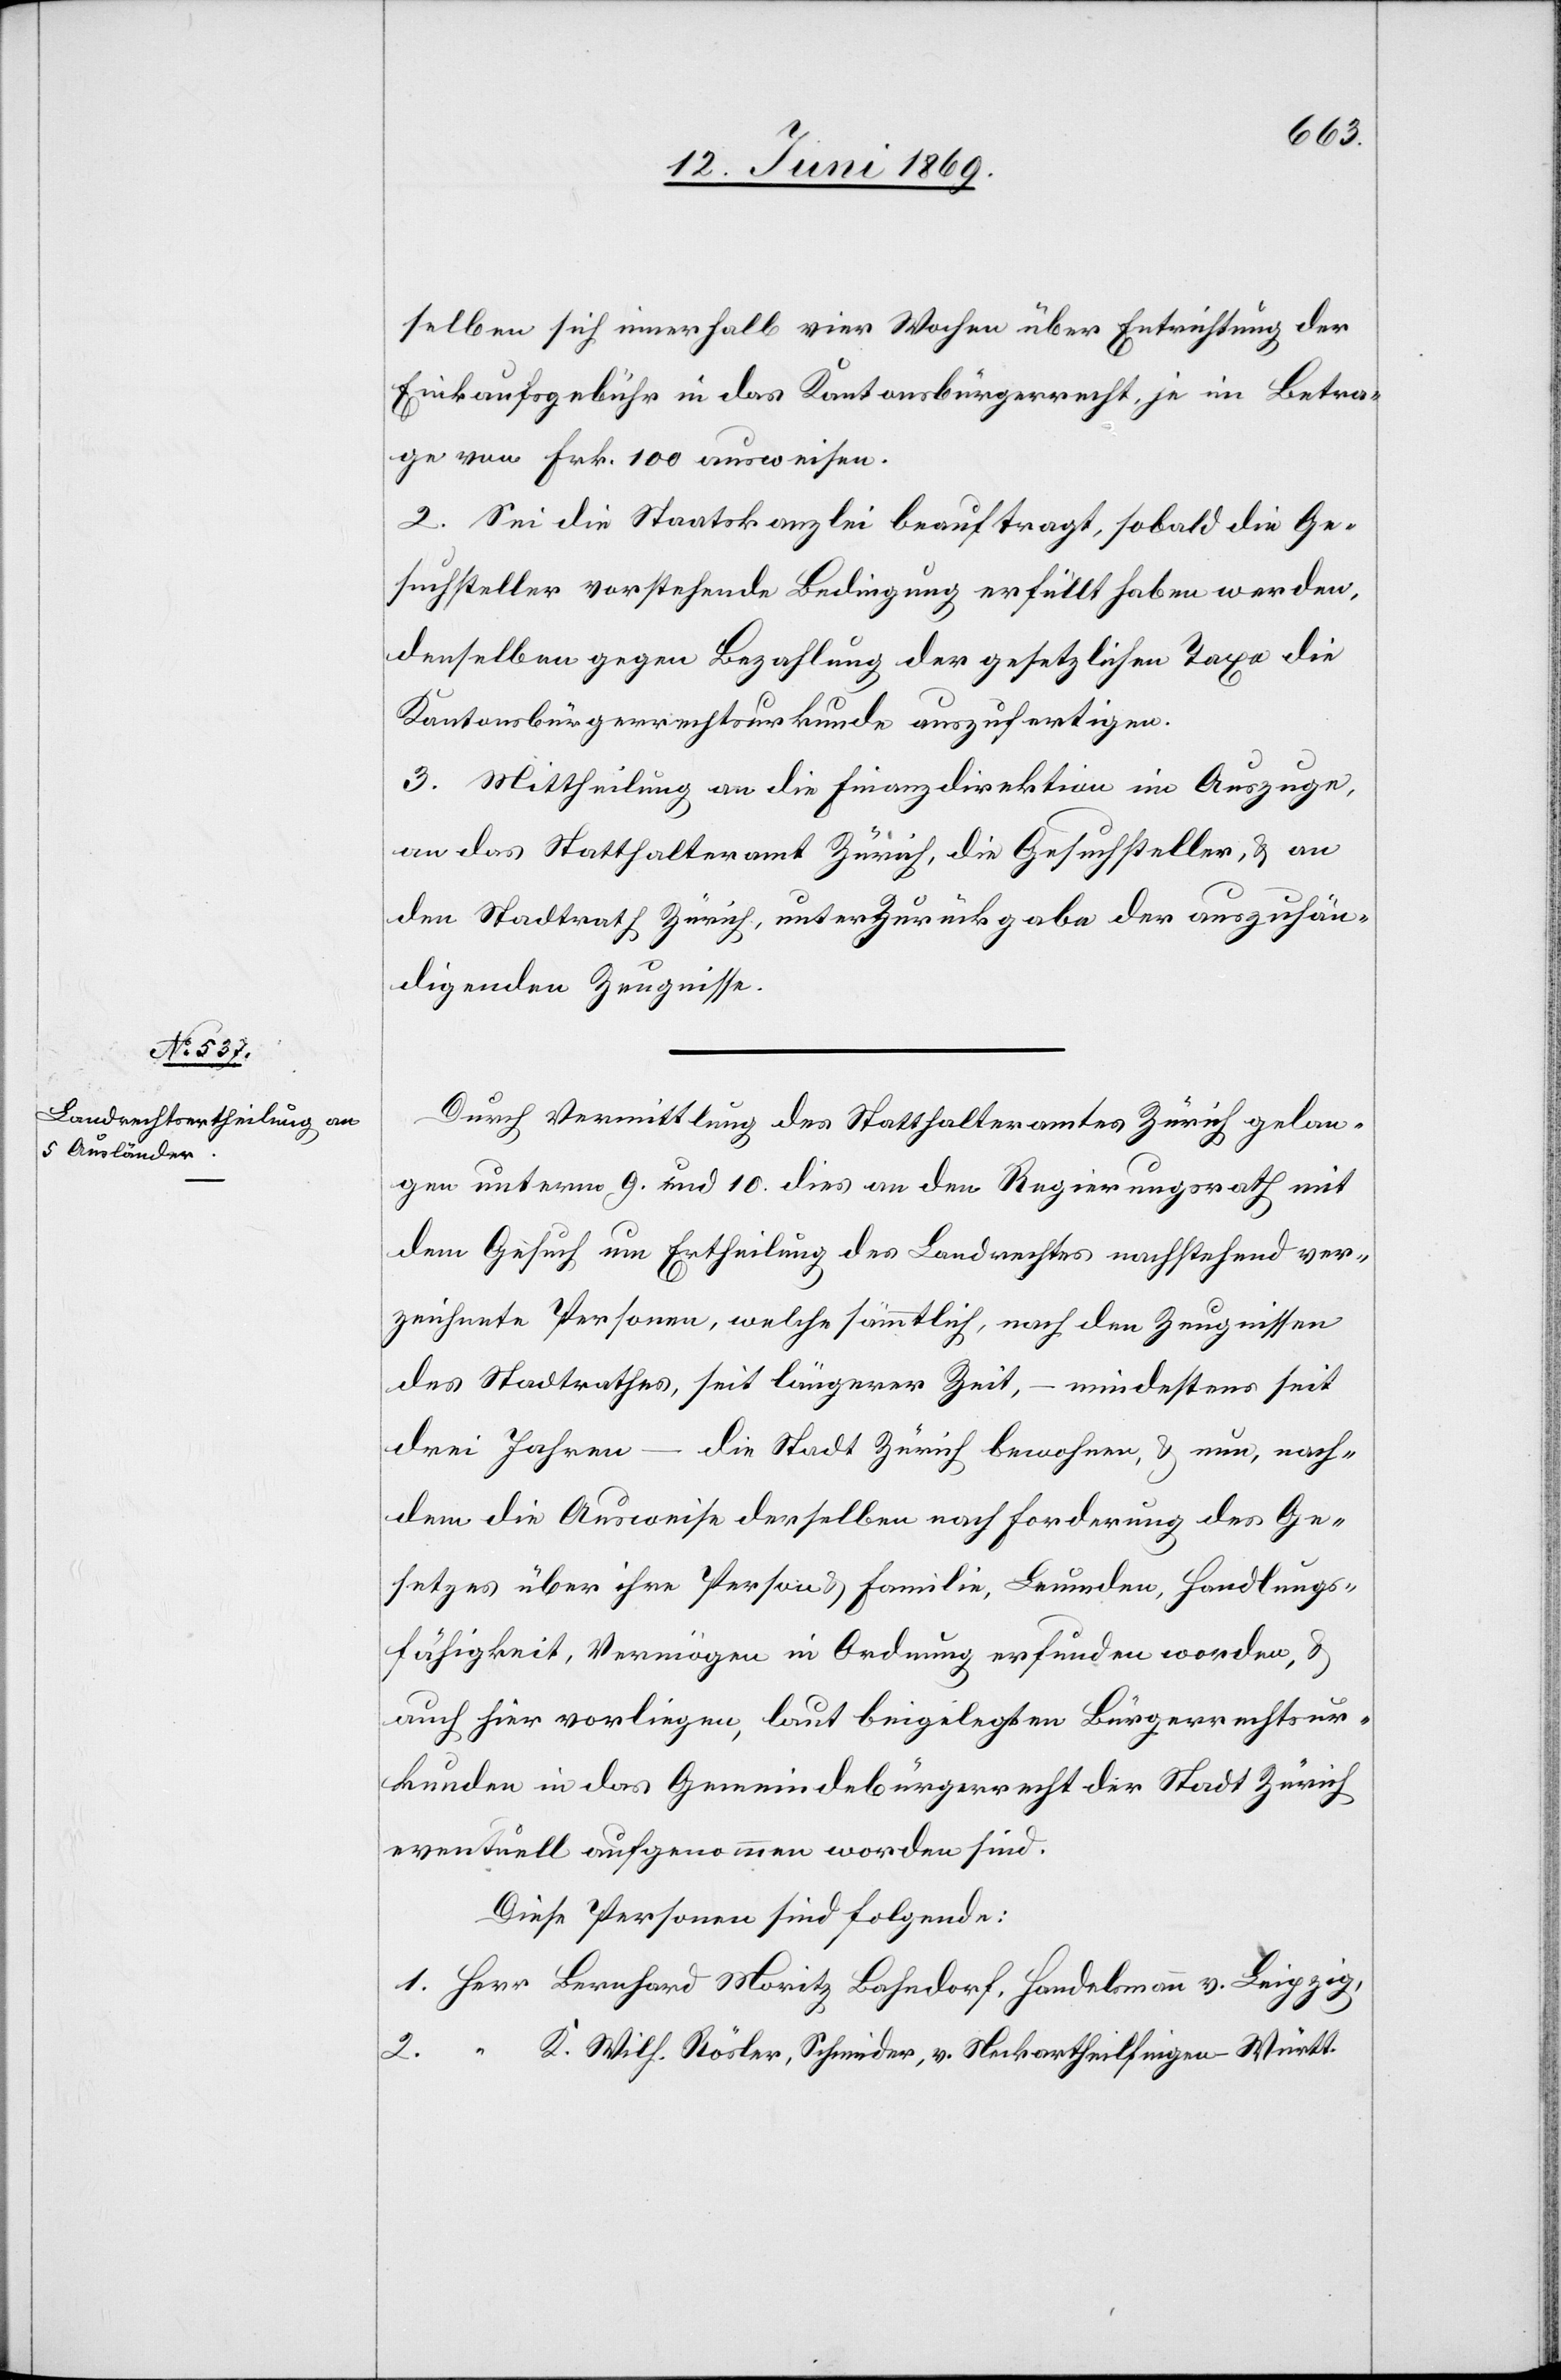
selben sich innerhalb vier Wochen über Entrichtung der
Einkaufsgebühr in das Kantonsbürgerrecht, je im Betra¬
ge von Frk. 100 ausweisen.
2. Sei die Staatskanzlei beauftragt, sobald die Ge¬
suchsteller vorstehende Bedingung erfüllt haben werden,
denselben gegen Bezahlung der gesetzlichen Taxe die
Kantonsbürgerrechtsurkunde auszufertigen.
3. Mittheilung an die Finanzdirektion im Auszuge,
an das Statthalteramt Zürich, die Gesuchsteller, u. an
den Stadtrath Zürich, unter Zurückgabe der auszuhän¬
digenden Zeugnisse.
Durch Vermittlung des Statthalteramtes Zürich gelan¬
gen unterm 9. und 10 dies an den Regierungsrath mit
dem Gesuch um Ertheilung des Landrechtes nachstehend ver¬
zeichnete Personen, welche sämmtlich, nach den Zeugnissen
des Stadtrathes, seit längerer Zeit, – mindestens seit
drei Jahren – die Stadt Zürich bewohnen, u. nun, nach¬
dem die Ausweise derselben nach Forderung des Ge¬
setzes über ihre Person u. Familie, Leumden, Handlungs¬
fähigkeit, Vermögen in Ordnung erfunden worden, u.
auch hier vorliegen, laut beigelegten Bürgerrechtsur¬
kunden in das Gemeindebürgerrecht der Stadt Zürich
eventuell aufgenommen worden sind.
Diese Personen sind folgende:
1. Herr	Bernhard Moritz Bahndorf, Handelsmann v. Leipzig,
2. “		K. Wilh. Rösler, Schneider, v. Neckartheilfingen – Württ.